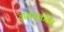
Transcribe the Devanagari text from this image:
ज्ञापकता